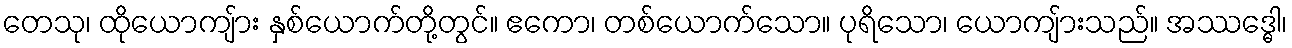
တေသု၊ ထိုယောကျ်ား နှစ်ယောက်တို့တွင်။ ဧကော၊ တစ်ယောက်သော။ ပုရိသော၊ ယောကျ်ားသည်။ အဿဒ္ဓေါ၊